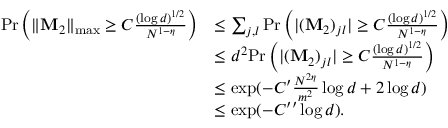
\begin{array} { r l } { \mathrm { P r } \left( \| \mathbf { M } _ { 2 } \| _ { \operatorname* { m a x } } \geq C \frac { ( \log d ) ^ { 1 / 2 } } { N ^ { 1 - \eta } } \right) } & { \leq \sum _ { j , l } \mathrm { P r } \left( \lvert ( \mathbf { M } _ { 2 } ) _ { j l } \rvert \geq C \frac { ( \log d ) ^ { 1 / 2 } } { N ^ { 1 - \eta } } \right) } \\ & { \leq d ^ { 2 } \mathrm { P r } \left( \lvert ( \mathbf { M } _ { 2 } ) _ { j l } \rvert \geq C \frac { ( \log d ) ^ { 1 / 2 } } { N ^ { 1 - \eta } } \right) } \\ & { \leq \exp ( - C ^ { \prime } \frac { N ^ { 2 \eta } } { m ^ { 2 } } \log d + 2 \log d ) } \\ & { \leq \exp ( - C ^ { \prime \prime } \log d ) . } \end{array}